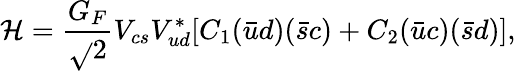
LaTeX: \mathcal{H}=\frac{{G_{F}}}{{\sqrt{}{{2}}}}V_{cs}V_{ud}^{*}[C_{1}(\bar{{u}}d)(\bar{{s}}c)+C_{2}(\bar{{u}}c)(\bar{{s}}d)],